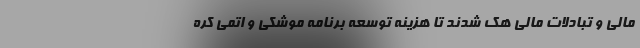
مالی و تبادلات مالی هک شدند تا هزینه توسعه برنامه موشکی و اتمی کره